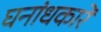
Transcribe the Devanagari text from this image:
घनांधकारें